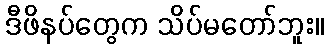
ဒီဖိနပ်တွေက သိပ်မတော်ဘူး။